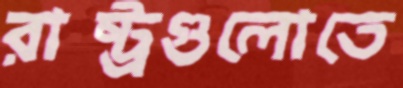
রাষ্ট্রগুলোতে